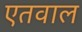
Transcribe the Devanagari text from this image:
एतवाल